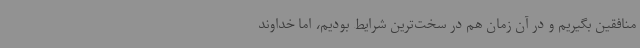
منافقین بگیریم و در آن زمان هم در سخت‌ترین شرایط بودیم، اما خداوند